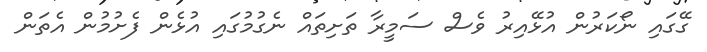
ގޭގައި ނޯކަރުން އުޅޭއިރު ވެސް ސަމީރާ ތަށިތައް ނެގުމުގައި އުޅެން ފެށުމުން އެތަން